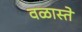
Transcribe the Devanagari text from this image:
वळास्ते